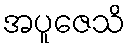
အပူဇေသိ